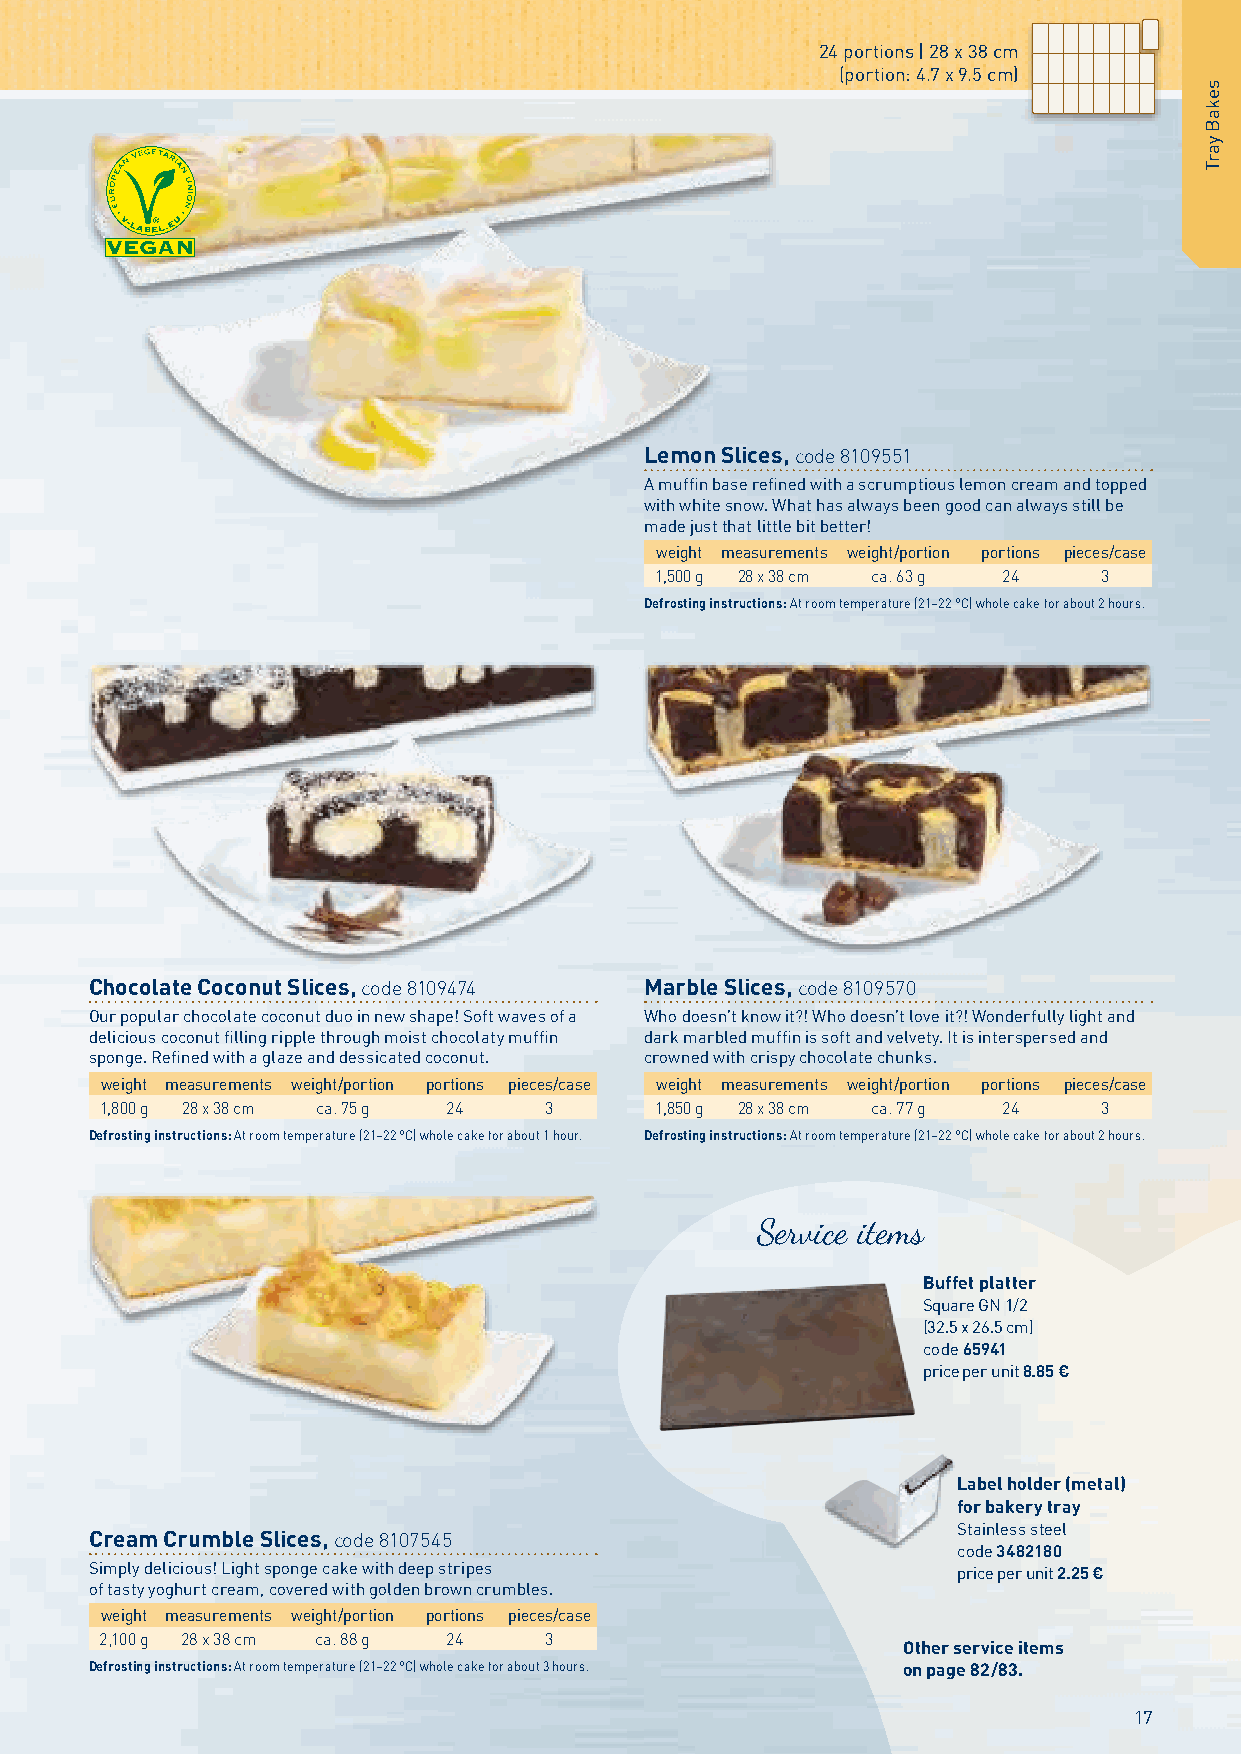
24 portions | 28 x 38 cm
 (portion: 4.7 x 9.5 cm)
 Lemon Slices, code 8109551
 A muffin base refined with a scrumptious lemon cream and topped
 with white snow. What has always been good can always still be
 made just that little bit better!
 weight measurements weight/portion portions pieces/case
 1,500 g 28 x 38 cm ca. 63 g 24 3
 Defrosting instructions: At room temperature (21–22 °C) whole cake for about 2 hours.
 Chocolate Coconut Slices, code 8109474 Marble Slices, code 8109570
 Our popular chocolate coconut duo in new shape! Soft waves of a Who doesn’t know it?! Who doesn’t love it?! Wonderfully light and
 delicious coconut filling ripple through moist chocolaty muffin dark marbled muffin is soft and velvety. It is interspersed and
 sponge. Refined with a glaze and dessicated coconut. crowned with crispy chocolate chunks.
 weight measurements weight/portion portions pieces/case weight measurements weight/portion portions pieces/case
 1,800 g 28 x 38 cm ca. 75 g 24 3    1,850 g 28 x 38 cm ca. 77 g 24 3
 Defrosting instructions: At room temperature (21–22 °C) whole cake for about 1 hour. Defrosting instructions: At room temperature (21–22 °C) whole cake for about 2 hours.
 Service items
 Buffet platter
 Square GN 1/2
 (32.5 x 26.5 cm)
 code 65941
 price per unit 8.85 €
 Label holder (metal)
 for bakery tray
 Stainless steel
 Cream Crumble Slices, code 8107545
 code 3482180
 Simply delicious! Light sponge cake with deep stripes    price per unit 2.25 €
 of tasty yoghurt cream, covered with golden brown crumbles.
 weight measurements weight/portion portions pieces/case
 2,100 g 28 x 38 cm ca. 88 g 24 3
 Other service items
 Defrosting instructions: At room temperature (21–22 °C) whole cake for about 3 hours. on page 82/83.
 17
 sekaB
 yarT